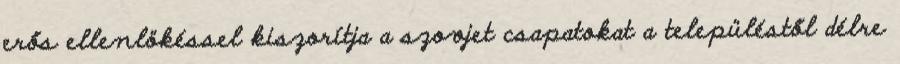
erős ellenlökéssel kiszorítja a szovjet csapatokat a településtől délre